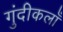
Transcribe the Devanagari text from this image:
गुंदीकलाँ